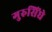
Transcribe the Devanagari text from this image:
गुरुसिंघे